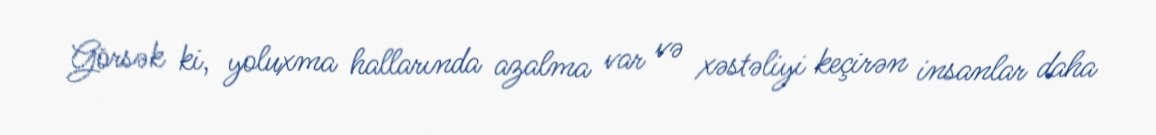
Görsək ki, yoluxma hallarında azalma var və xəstəliyi keçirən insanlar daha